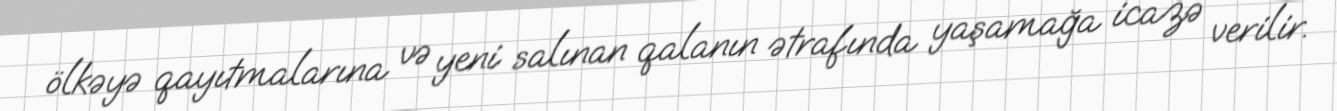
ölkəyə qayıtmalarına və yeni salınan qalanın ətrafında yaşamağa icazə verilir.